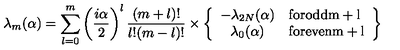
\lambda _ { m } ( \alpha ) = \sum _ { l = 0 } ^ { m } \left( { \frac { i \alpha } { 2 } } \right) ^ { l } { \frac { ( m + l ) ! } { l ! ( m - l ) ! } } \times \left\{ \begin{array} { c l } { - \lambda _ { 2 N } ( \alpha ) } & { \mathrm { f o r o d d m + l } } \\ { \lambda _ { 0 } ( \alpha ) } & { \mathrm { f o r e v e n m + l } } \\ \end{array} \right\}